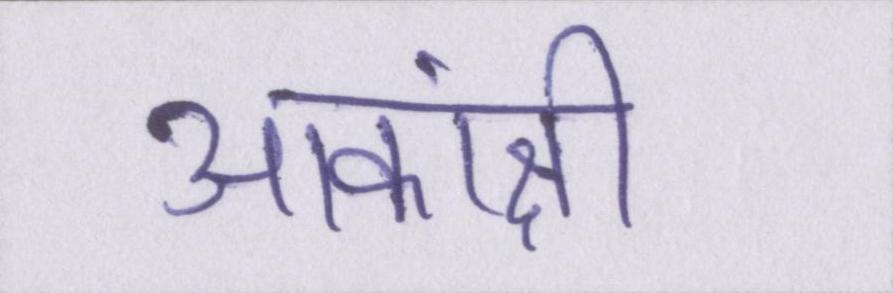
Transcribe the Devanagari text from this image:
आकांक्षी